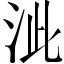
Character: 泚